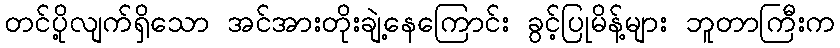
တင်ပို့လျက်ရှိသော အင်အားတိုးချဲ့နေကြောင်း ခွင့်ပြုမိန့်များ ဘူတာကြီးက